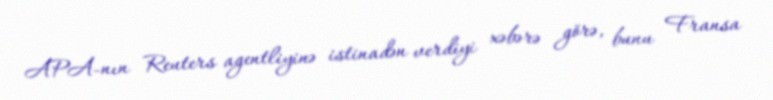
APA-nın Reuters agentliyinə istinadən verdiyi xəbərə görə, bunu Fransa